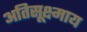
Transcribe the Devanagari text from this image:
अतिसूक्ष्माय